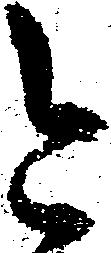
令